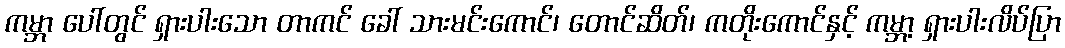
ကမ္ဘာ ပေါ်တွင် ရှားပါးသော တာကင် ခေါ် သားမင်းကောင်၊ တောင်ဆိတ်၊ ကတိုးကောင်နှင့် ကမ္ဘာ့ ရှားပါးလိပ်ပြာ